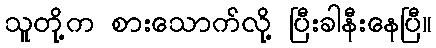
သူတို့က စားသောက်လို့ ပြီးခါနီးနေပြီ။